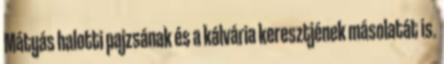
Mátyás halotti pajzsának és a kálvária keresztjének másolatát is.